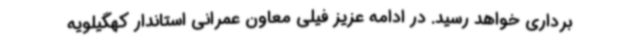
برداری خواهد رسید. در ادامه عزیز فیلی معاون عمرانی استاندار کهگیلویه